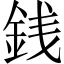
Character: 銭